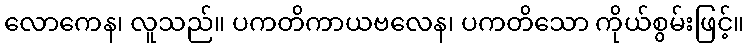
လောကေန၊ လူသည်။ ပကတိကာယဗလေန၊ ပကတိသော ကိုယ်စွမ်းဖြင့်။